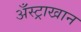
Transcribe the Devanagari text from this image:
अँस्ट्राखान